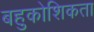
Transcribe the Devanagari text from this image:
बहुकोशिकता